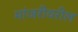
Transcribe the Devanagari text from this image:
मांजरीवरील